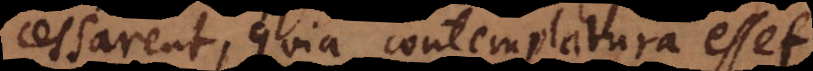
cessarent, quia contemplatura esset